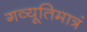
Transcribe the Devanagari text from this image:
गव्यूतिमात्रं